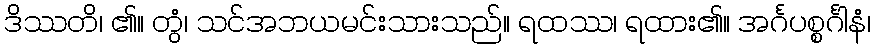
ဒိဿတိ၊ ၏။ တွံ၊ သင်အဘယမင်းသားသည်။ ရထဿ၊ ရထား၏။ အင်္ဂပစ္စင်္ဂါနံ၊